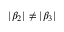
| \beta _ { 2 } | \neq | \beta _ { 3 } |